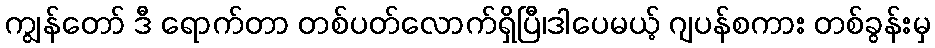
ကျွန်တော် ဒီ ရောက်တာ တစ်ပတ်လောက်ရှိပြီ၊ဒါပေမယ့် ဂျပန်စကား တစ်ခွန်းမှ